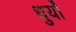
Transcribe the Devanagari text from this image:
धुर्यो